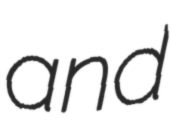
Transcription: and